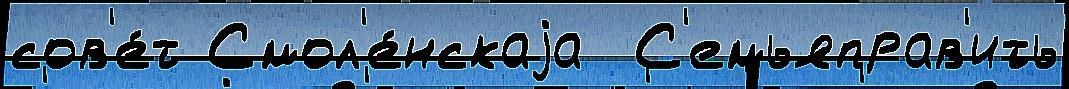
сов'е́т Смол'е́нскаjа  С'емьяправ'ить